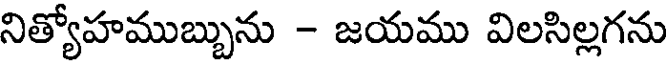
నిత్యోహముబ్బును - జయము విలసిల్లగను